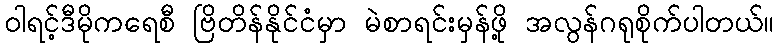
ဝါရင့်ဒီမိုကရေစီ ဗြိတိန်နိုင်ငံမှာ မဲစာရင်းမှန်ဖို့ အလွန်ဂရုစိုက်ပါတယ်။